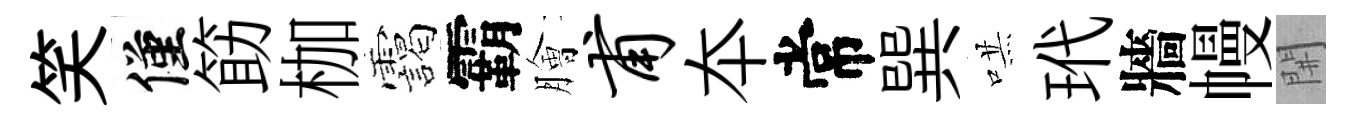
笑僅筯枷靄霸膾甫夲常巽哄玳牆幔𨳩